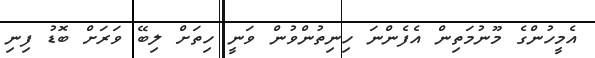
އެމީހުންގެ މޫނުމަތިން އެފެންނަ ހިނިތުންވުން ވަނީ ހިތަށް ލިބޭ ވަރަށް ބޮޑު ފިނި